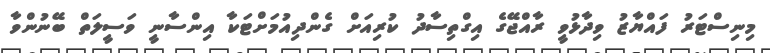
މިނިސްޓަރު ފައްޔާޒު ވިދާޅުވީ ރާއްޖޭގެ އިގްތިސާދު ކުރިއަށް ގެންދިއުމަށްޓަކާ އިންސާނީ ވަސީލަތް ބޭނުންވާ